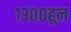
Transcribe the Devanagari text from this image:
१३००हून